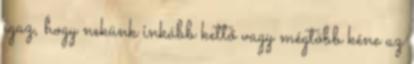
igaz, hogy nekünk inkább kettő vagy mégtöbb kéne az